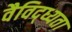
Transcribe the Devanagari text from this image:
वैविद्ध्यता